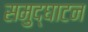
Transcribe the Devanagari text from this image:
समुद्घाटन